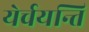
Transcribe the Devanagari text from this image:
येर्चयन्ति